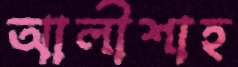
আলীশাহ